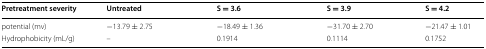
<table><thead><tr><td><b>Pretreatment severity</b></td><td><b>Untreated</b></td><td><b>S = 3.6</b></td><td><b>S = 3.9</b></td><td><b>S = 4.2</b></td></tr></thead><tbody><tr><td>potential (mv)</td><td>−13.79 ± 2.75</td><td>−18.49 ± 1.36</td><td>−31.70 ± 2.70</td><td>−21.47 ± 1.01</td></tr><tr><td>Hydrophobicity (mL/g)</td><td>–</td><td>0.1914</td><td>0.1114</td><td>0.1752</td></tr></tbody></table>